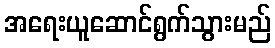
အရေးယူဆောင်ရွက်သွားမည်